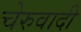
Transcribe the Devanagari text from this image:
चेरुवादी